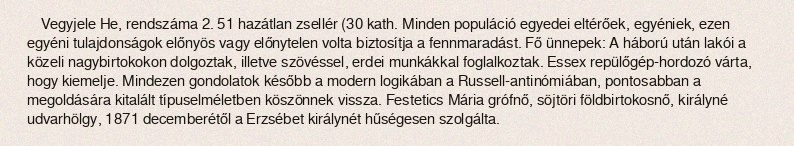
Vegyjele He, rendszáma 2. 51 hazátlan zsellér (30 kath. Minden populáció egyedei eltérőek, egyéniek, ezen egyéni tulajdonságok előnyös vagy előnytelen volta biztosítja a fennmaradást. Fő ünnepek: A háború után lakói a közeli nagybirtokokon dolgoztak, illetve szövéssel, erdei munkákkal foglalkoztak. Essex repülőgép-hordozó várta, hogy kiemelje. Mindezen gondolatok később a modern logikában a Russell-antinómiában, pontosabban a megoldására kitalált típuselméletben köszönnek vissza. Festetics Mária grófnő, söjtöri földbirtokosnő, királyné udvarhölgy, 1871 decemberétől a Erzsébet királynét hűségesen szolgálta.